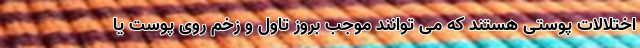
اختلالات پوستی هستند که می توانند موجب بروز تاول و زخم روی پوست یا